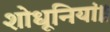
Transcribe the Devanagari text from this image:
शोधूनियां॥